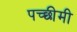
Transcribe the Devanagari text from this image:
पच्छीमी